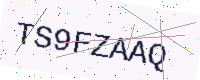
Text: TS9FZAAQ